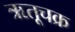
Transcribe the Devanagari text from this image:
ऋतूचक्र